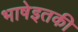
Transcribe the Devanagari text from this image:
भाषेइतकी